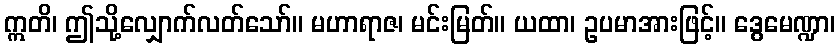
ဣတိ၊ ဤသို့လျှောက်လတ်သော်။ မဟာရာဇ၊ မင်းမြတ်။ ယထာ၊ ဥပမာအားဖြင့်။ ဒွေမေဏ္ဍာ၊